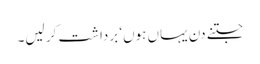
جتنے دن یہاں ہوں‘ برداشت کر لیں۔